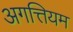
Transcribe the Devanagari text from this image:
अगत्तियम